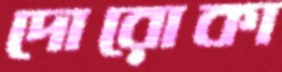
দোরোকা